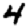
Digit: 4